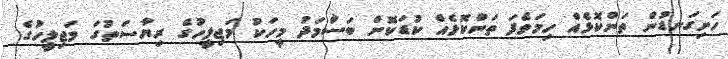
ހަށިގަނޑުން ތަންކޮޅެއް ހިމަވެފަ ތަންކޮޅެއް ކުޑަކޮށް ބަސްމަދު މީހަކު މަޖިލީހުގެ ރިޔާސަތުގަ މަޖިލީހުގެ